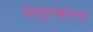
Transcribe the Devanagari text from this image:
विद्युतऋणता